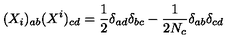
( X _ { i } ) _ { a b } ( X ^ { i } ) _ { c d } = \frac { 1 } { 2 } \delta _ { a d } \delta _ { b c } - \frac { 1 } { 2 N _ { c } } \delta _ { a b } \delta _ { c d }